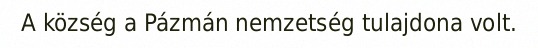
A község a Pázmán nemzetség tulajdona volt.